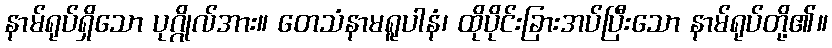
နာမ်ရုပ်ရှိသော ပုဂ္ဂိုလ်အား။ တေသံနာမရူပါနံ၊ ထိုပိုင်းခြားအပ်ပြီးသော နာမ်ရုပ်တို့၏။